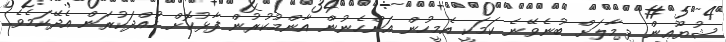
ޝުޔޫޢީން ދިމާލަށް ބުނެވޭނެ ކަމަކީ އެމީހުން އަންހެނުން އާންމުކުރުން ފާޅުކޮށް ހުއްދަކުރަން އެދޭކަމެވެ.